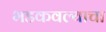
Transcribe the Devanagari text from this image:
भडकवल्याचा